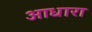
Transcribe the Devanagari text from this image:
आधारा